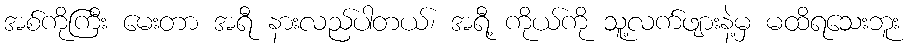
အစ်ကိုကြီး မေးတာ အရီ နားလည်ပါတယ်၊ အရီ့ ကိုယ်ကို သူ့လက်ဖျားနဲ့မှ မထိရသေးဘူး